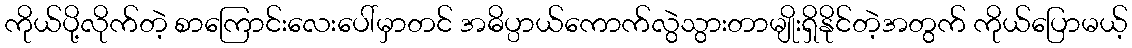
ကိုယ်ပို့လိုက်တဲ့ စာကြောင်းလေးပေါ်မှာတင် အဓိပ္ပာယ်ကောက်လွဲသွားတာမျိုးရှိနိုင်တဲ့အတွက် ကိုယ်ပြောမယ့်